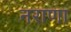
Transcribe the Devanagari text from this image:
नराणा